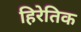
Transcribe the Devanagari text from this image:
हिरेतिक